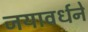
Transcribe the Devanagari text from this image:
जयावर्धने